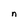
Character: n